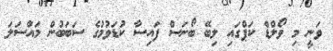
ވަނީ މި ވޯލްޑް ކަޕްގައި ލިބޭ ބޯނަސް ފައިސާ ކުޑަވުމުގެ ސަބަބުން މައްސަލަ